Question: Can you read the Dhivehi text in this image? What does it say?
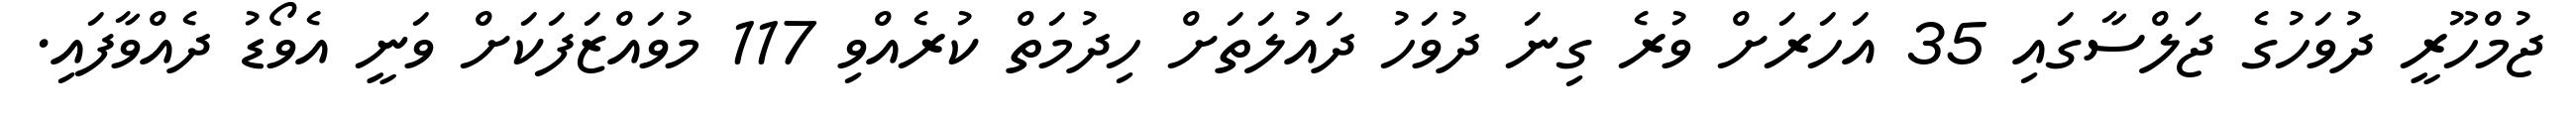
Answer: ޖުމްހޫރީ ދުވަހުގެ ޖަލްސާގައި 35 އަހަރަށް ވުރެ ގިނަ ދުވަހު ދައުލަތަށް ހިދުމަތް ކުރެއްވި 117 މުވައްޒަފަކަށް ވަނީ އެވޯޑު ދެއްވާފައި.